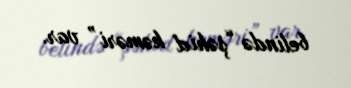
belində “şəhid kəməri” var.